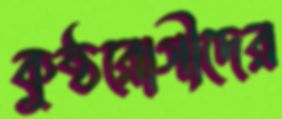
কুষ্ঠরোগীদের